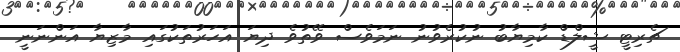
ޗެރިޓީ ޝީލްޑް ކާމިޔާބު ނުކުރެވުނު ނަމަވެސް ވޭތުވެ ދިޔަ އަހަރުތަކުގައި މާޒިޔާ އަންނަނީ